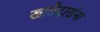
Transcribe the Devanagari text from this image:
खातेदारांना